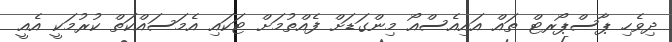
ދިވެހި ޕާސްޕޯރޓް ތައް އައިއެސްއޯ މިންގަޑަށް ފެއްތުމަށް ޓަަކައި އެމަސައްކަތް ކުރުމަކީ އެއީ